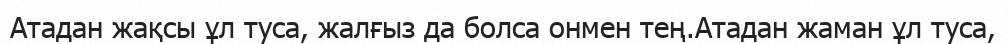
Атадан жақсы ұл туса, жалғыз да болса онмен тең.Атадан жаман ұл туса,